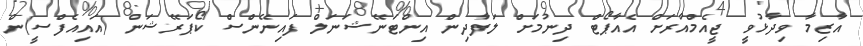
އާޒިމާ ވިދާޅުވީ ޖީއެމްއާރަށް އެއާޕޯޓް ދިނުމަށް ލަފާދިން އިންޓަނޭޝަނަލް ފައިނޭންސް ކޯޕަރޭޝަން (އައިއެފްސީ)ން